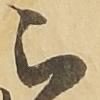
被